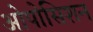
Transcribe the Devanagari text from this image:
ओपोसिशन